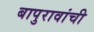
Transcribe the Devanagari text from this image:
बापुरावांची